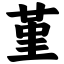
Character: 堇